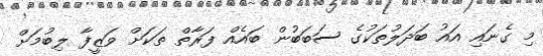
މި ގެނައި އައު ބަދަލުތަކުގެ ސަބަބުން ބައެއް ފަރާތް ތަކަށް ވަޒީފާ ލިބުމަށް